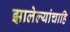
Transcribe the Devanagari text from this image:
झालेल्यांचाहि